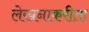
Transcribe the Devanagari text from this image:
लेखनाकरीता